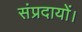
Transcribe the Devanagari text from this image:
संप्रदायों।